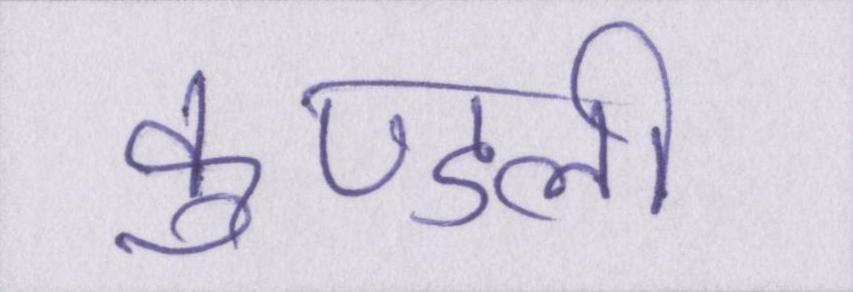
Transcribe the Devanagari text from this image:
कुण्डली